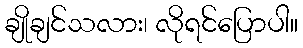
ချိုချင်သလား၊ လိုရင်ပြောပါ။